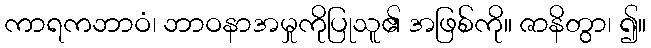
ကာရကဘာဝံ၊ ဘာဝနာအမှုကိုပြုသူ၏ အဖြစ်ကို။ ဇာနိတွာ၊ ၍။